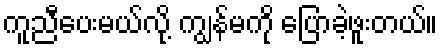
ကူညီပေးမယ်လို့ ကျွန်မကို ပြောခဲ့ဖူးတယ်။